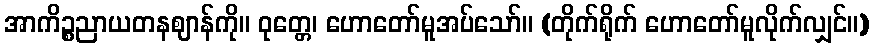
အာကိဉ္စညာယတနဈာန်ကို။ ဝုတ္တေ၊ ဟောတော်မူအပ်သော်။ (တိုက်ရိုက် ဟောတော်မူလိုက်လျှင်။)